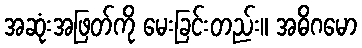
အဆုံးအဖြတ်ကို မေးခြင်းတည်း။ အဓိဂမော